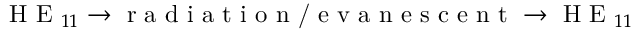
\textrm { H E } _ { 1 1 } \rightarrow \textrm { r a d i a t i o n / e v a n e s c e n t } \rightarrow \textrm { H E } _ { 1 1 }